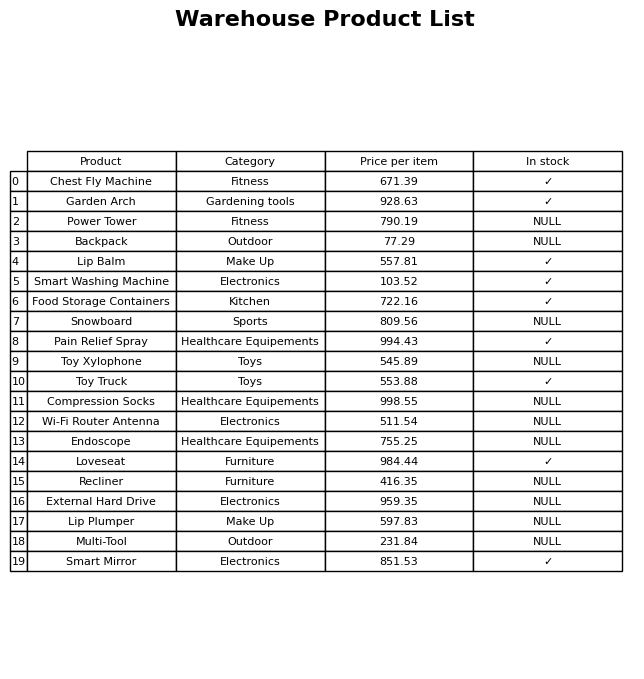
question: What is the price of the Pain Relief Spray?
answer: The price of Pain Relief Spray is 994.43.